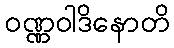
ဝဏ္ဏဝါဒိနောတိ